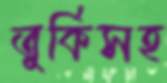
তুর্কিসহ